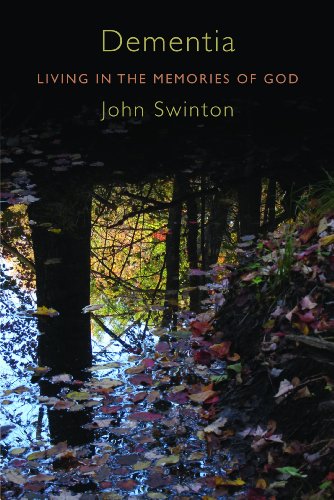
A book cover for Dementia: Living in the Memories of God; John Swinton; Parenting & Relationships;